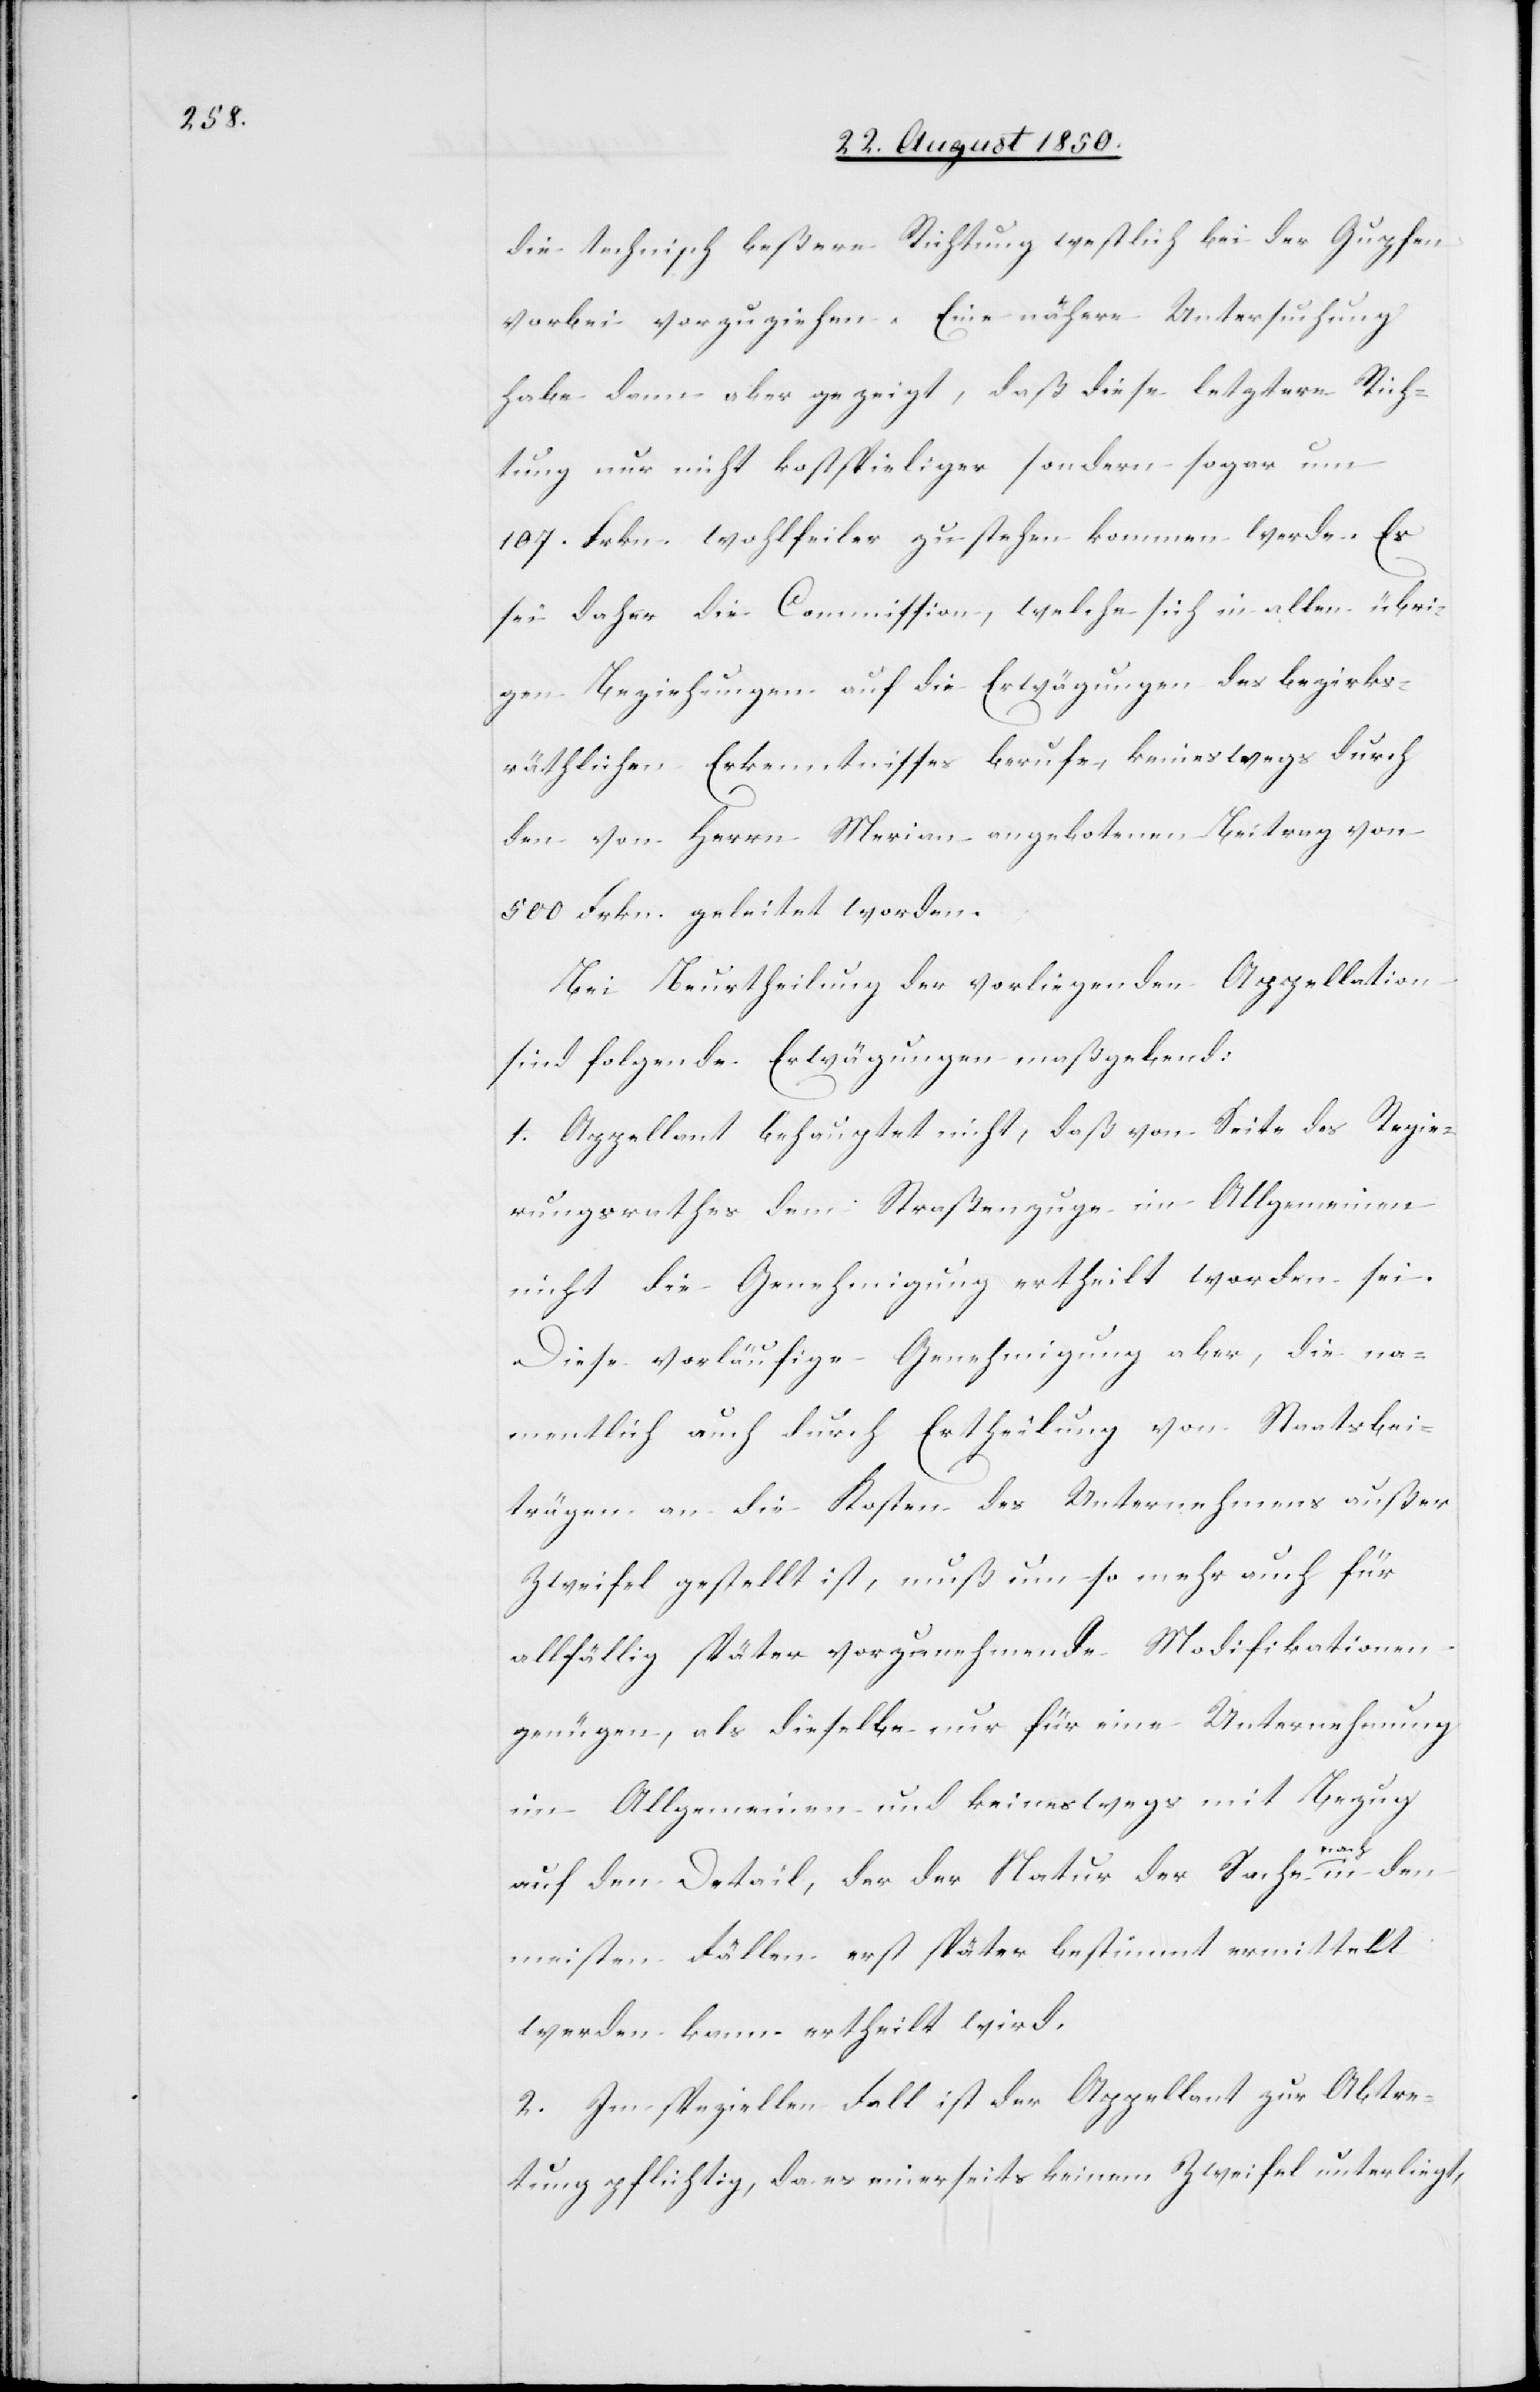
die technisch beßere Richtung westlich bei der Gupfen
vorbei vorzuziehen. Eine nähere Untersuchung
habe dann aber gezeigt, daß diese letztere Rich¬
tung nur nicht kostspieliger sondern sogar um
107. Frkn. wohlfeiler zu stehen kommen werde. Es
sei daher die Commission, welche sich in allen übri¬
gen Beziehungen auf die Erwägungen des bezirks¬
räthlichen Erkenntnisses berufe, keineswegs durch
den von Herrn Merian angebotenen Beitrag von
500 Frkn. geleitet worden.
Bei Beurtheilung der vorliegenden Appellation
sind folgende Erwägungen maßgebend:
1. Appellant behauptet nicht, daß von Seite des Regie¬
rungsrathes dem Straßenzuge im Allgemeinen
nicht die Genehmigung ertheilt worden sei.
Diese vorläufige Genehmigung aber, die na¬
mentlich auch durch Ertheilung von Staatsbei¬
trägen an die Kosten des Unternehmens außer
Zweifel gestellt ist, muß um so mehr auch für
allfällig später vorzunehmende Modifikationen
genügen, als dieselbe nur für eine Unternehmung
im Allgemeinen und keineswegs mit Bezug
auf den Detail, der der Natur der Sache nach in den
meisten Fällen erst später bestimmt ermittelt
werden kann ertheilt wird.
2. Im speziellen Fall ist der Appellant zur Abtre¬
tung pflichtig, da es einerseits keinem Zweifel unterliegt,